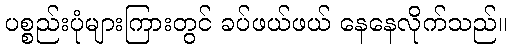
ပစ္စည်းပုံများကြားတွင် ခပ်ဖယ်ဖယ် နေနေလိုက်သည်။